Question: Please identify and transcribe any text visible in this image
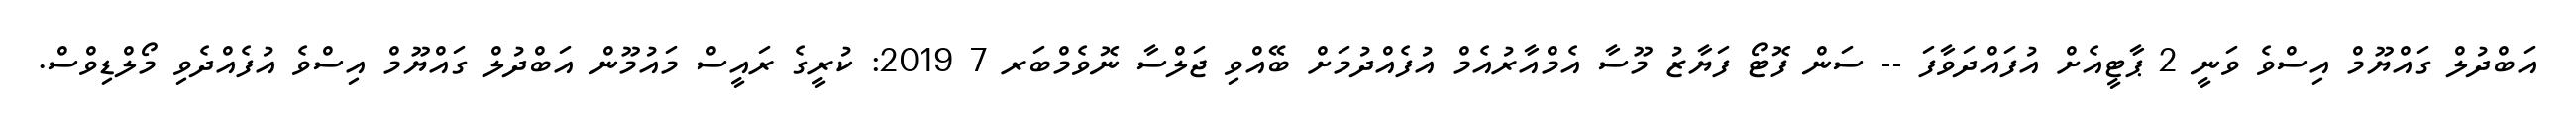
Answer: އަބްދުލް ގައްޔޫމް އިސްވެ ވަނީ 2 ޕާޓީއެށް އުފައްދަވާފަ -- ސަން ފޮޓޯ ފަޔާޒު މޫސާ އެމްއާރުއެމް އުފެއްދުމަށް ބޭއްވި ޖަލްސާ ނޮވެމްބަރ 7 2019: ކުރީގެ ރައީސް މައުމޫން އަބްދުލް ގައްޔޫމް އިސްވެ އުފެއްދެވި މޯލްޑިވްސް.